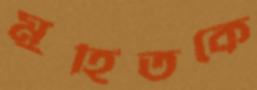
মুহিতকে